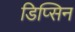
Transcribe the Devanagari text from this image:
डिप्सिन